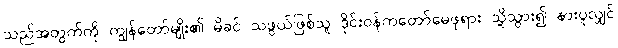
သည်အတွက်ကို ကျွန်တော်မျိုး၏ မိခင် သဖွယ်ဖြစ်သူ ဒိုင်းဝန်ကတော်မေဖုရား သို့သွား၍ နားပူလျှင်